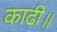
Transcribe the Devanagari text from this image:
काढी॥